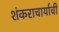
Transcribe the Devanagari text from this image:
शंकराचार्याची